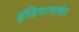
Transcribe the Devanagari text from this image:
इंडियामार्फत